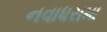
નવાધરામા